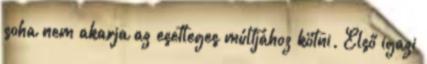
soha nem akarja az esetleges múltjához kötni. Első igazi